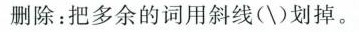
删除：把多余的词用斜线(\)划掉。